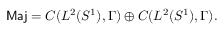
\mathrm { \sf ~ M a j } = { \cal C } ( L ^ { 2 } ( S ^ { 1 } ) , \Gamma ) \oplus { \cal C } ( L ^ { 2 } ( S ^ { 1 } ) , \Gamma ) .